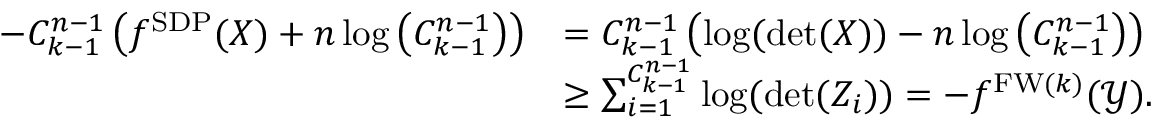
\begin{array} { r l } { - { C _ { k - 1 } ^ { n - 1 } } \left( f ^ { \mathrm { S D P } } ( X ) + n \log \left( { C _ { k - 1 } ^ { n - 1 } } \right) \right) } & { = { C _ { k - 1 } ^ { n - 1 } } \left( \log ( \operatorname* { d e t } ( X ) ) - n \log \left( { C _ { k - 1 } ^ { n - 1 } } \right) \right) } \\ & { \ge \sum _ { i = 1 } ^ { { C _ { k - 1 } ^ { n - 1 } } } \log ( \operatorname* { d e t } ( Z _ { i } ) ) = - f ^ { \mathrm { F W } ( k ) } ( \mathcal { Y } ) . } \end{array}